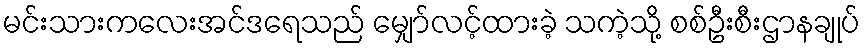
မင်းသားကလေးအင်ဒရေသည် မျှော်လင့်ထားခဲ့ သကဲ့သို့ စစ်ဦးစီးဌာနချုပ်